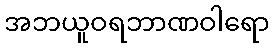
အဘယူဝရဘာဏဝါရော